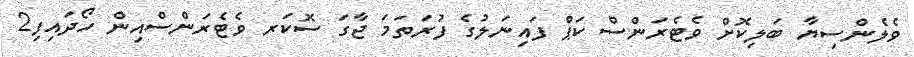
ވެލެންސިޔާ ބަލިކޮށް ވެޓެރަންސް ކަޕް ފައިނަލުގެ ފުރަތަމަ ޖާގަ ސޮކަރ ވެޓެރަންސްއިން ހޯދައިފި2